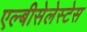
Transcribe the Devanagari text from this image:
एल्बीसेलेस्टेस